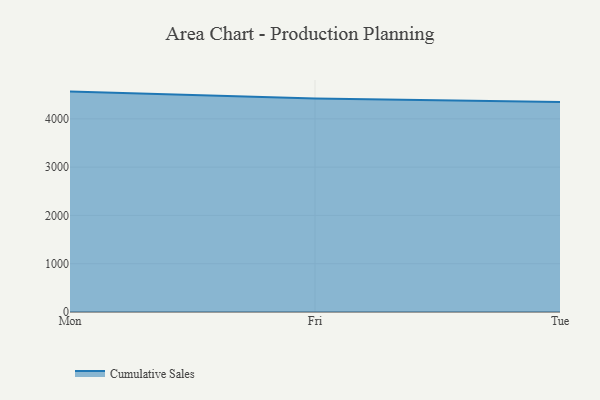
{"axis": {"x": "Day", "y": "Budget (USD K)"}, "legend": ["Cumulative Sales"], "data": [{"x": "Mon", "y": 4564.4, "type": "Cumulative Sales"}, {"x": "Fri", "y": 4423.2, "type": "Cumulative Sales"}, {"x": "Tue", "y": 4348.4, "type": "Cumulative Sales"}]}